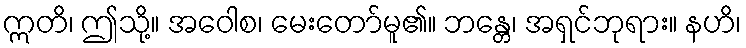
ဣတိ၊ ဤသို့။ အဝေါစ၊ မေးတော်မူ၏။ ဘန္တေ၊ အရှင်ဘုရား။ နဟိ၊